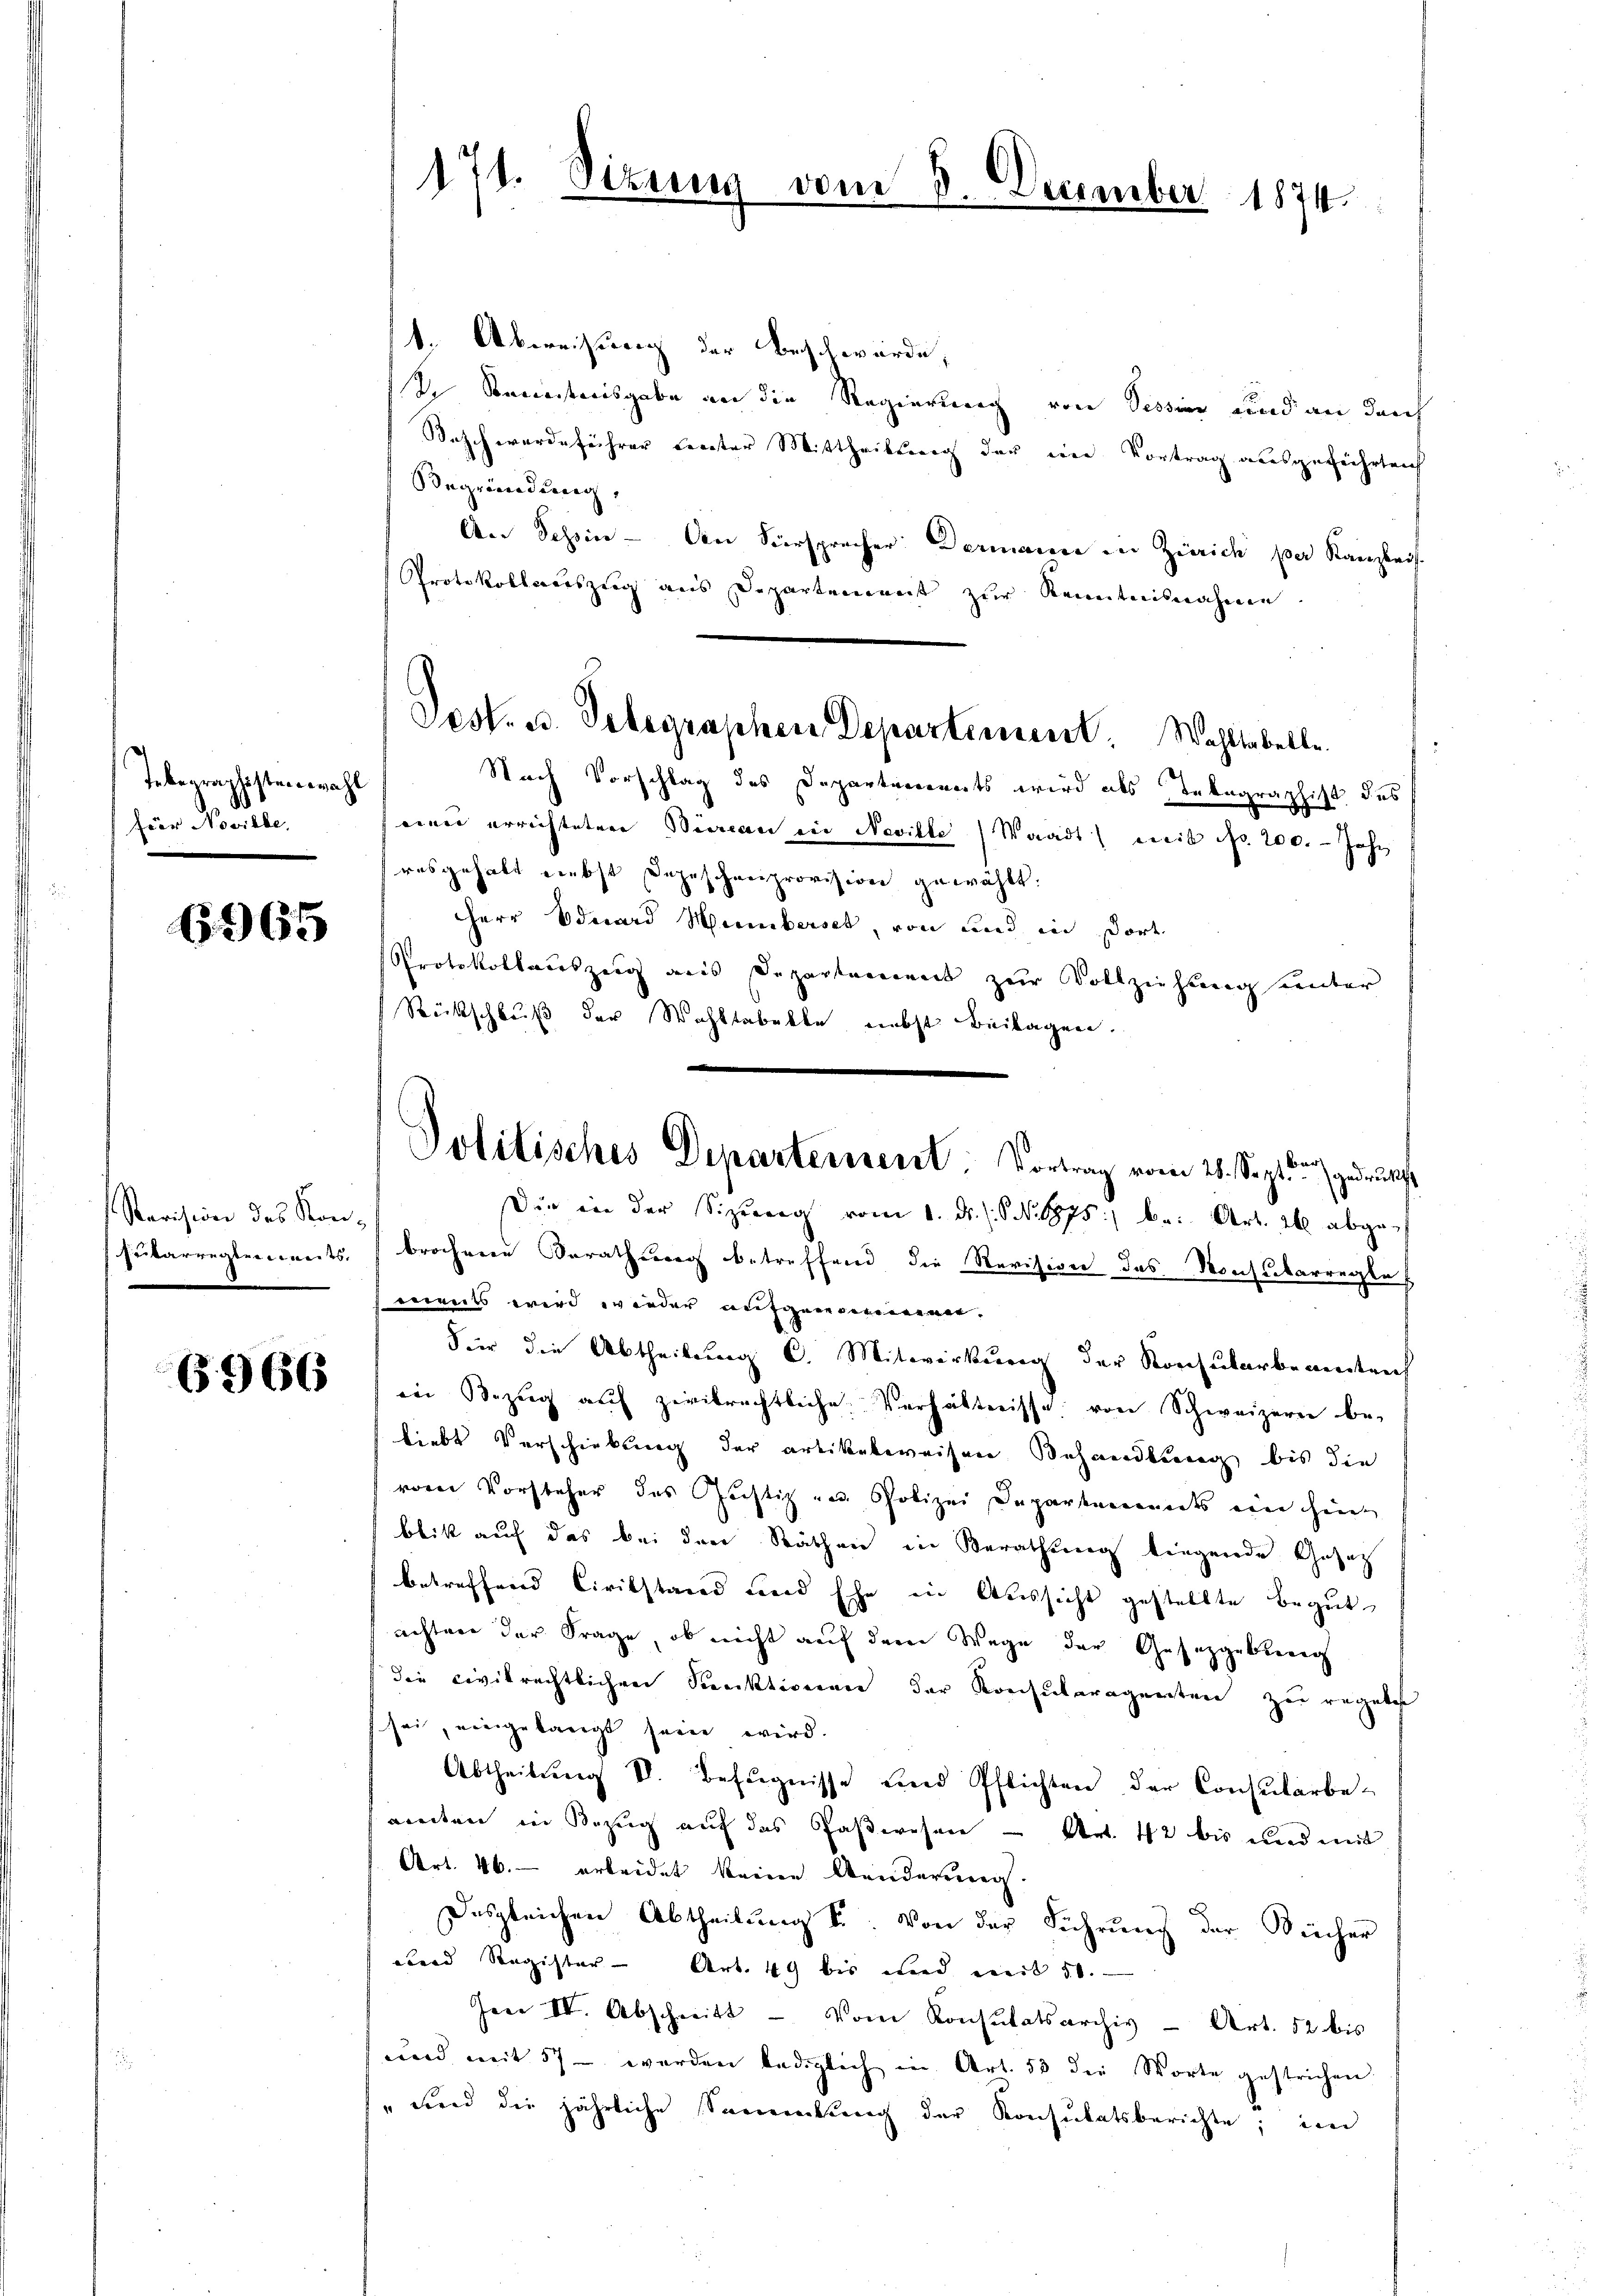
Tebegraphistenwahl
Für Noville,

6965

Revision des Konsritarregten weits,

6966

1. Abweisung der Beschwürde,
V. Semestnisgabe an die Regierung von Tessin und an darch
Rasch werdeführer certer Mittheilung der eine Vortrag ausgeführten
Begründung,
An Schin - An Fürsprecher: Dermanne in Zürich per Kanzleis
Protokollauszug aus Departement zur Kenntnisnahme
Nach Vorschlag des Departements wird als Inbegraph
14 des
einer errichteter Büreau ein Neville (Waadt mit No 200. - Jahr
resgehalt nebst Depeschenprovision gewählt.
Herr Eduard Humbersch, von und in dort
Protokollauszug aus Departamens zur Vollziehung unter
Rückschluß der Wohltabelle nebst Beilagen.
brocheren Berathung betreffend die Revision das Konsularregle
ments wird wieder aufgerinnen.
Vier die Abtheilung C. Mitwirkung der Konsularbeamteich
in Bezŭg aŭf zivilrechtliche Verhältnisse von Schweizern be-
liebt Verschiebung der artikelweisen Behandlung bis die
vor Vorsteher des Gustiz und Polizei Departements ein hin
blik auf das bei den Räthen in Berathung liegende Gesetz
betreffend Civilstand und Ehe in Aussicht gestellte Begut
achten der Frage, ob nicht auf dem Wege der Gesetzgebung
die civilrechtlichen Punktionen der Konsularagenten zu regeles
sei, eingelangt sein wird.
Abtheilŭng VI. Befugnisse und Pflichten der Consularbe-
aneten in Bezug auf das Gaßwesen - Art. 42 bis und mit
Art. 46. erleidet keine Aenderung.
Desgleichen Abtheilung u. Von der Führung der Bücher
ebend Register Art. 49 bis und weit 50.
ere IV. Abschritt - Vom Konsulatsarchiv - Art. 52 bis
und mit 57 - werden lediglich in Art. 53 die Worte gestrichen
" und die jährliche Samenkung der Konsulatsberichte; im

171. Dire

Sest. u. Telegraphen Departement. Wahltabelle.

December 1874.

Politisches Departerient. Vortrag vom 21. Septbr. gedruckt
Die in der Sizŭng vom 1. d. J. P. Nr. 1875) bei Art. 260 abge¬